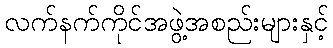
လက်နက်ကိုင်အဖွဲ့အစည်းများနှင့်